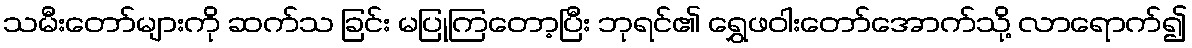
သမီးတော်များကို ဆက်သ ခြင်း မပြုကြတော့ပြီး ဘုရင်၏ ရွှေဖဝါးတော်အောက်သို့ လာရောက်၍